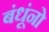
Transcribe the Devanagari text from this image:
बंधूंनो